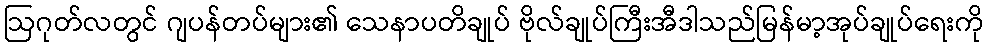
ဩဂုတ်လတွင် ဂျပန်တပ်များ၏ သေနာပတိချုပ် ဗိုလ်ချုပ်ကြီးအီဒါသည်မြန်မာ့အုပ်ချုပ်ရေးကို